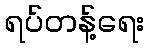
ရပ်တန့်ရေး